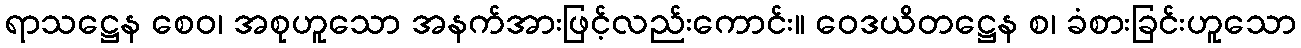
ရာသဋ္ဌေန စေဝ၊ အစုဟူသော အနက်အားဖြင့်လည်းကောင်း။ ဝေဒယိတဋ္ဌေန စ၊ ခံစားခြင်းဟူသော